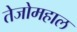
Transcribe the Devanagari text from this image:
तेजोमहाल